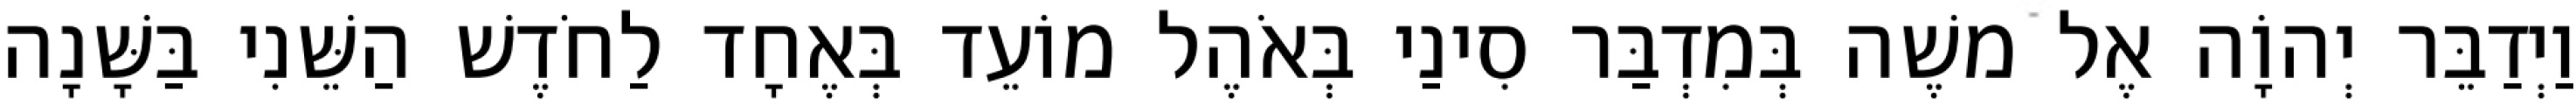
וַיְדַבֵּר יְהוָֹה אֶל משֶׁה בְּמִדְבַּר סִינַי בְּאֹהֶל מוֹעֵד בְּאֶחָד לַחֹדֶשׁ הַשֵּׁנִי בַּשָּׁנָה